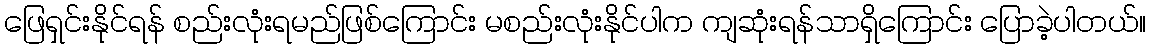
ဖြေရှင်းနိုင်ရန် စည်းလုံးရမည်ဖြစ်ကြောင်း မစည်းလုံးနိုင်ပါက ကျဆုံးရန်သာရှိကြောင်း ပြောခဲ့ပါတယ်။